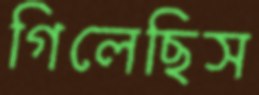
গিলেছিস